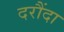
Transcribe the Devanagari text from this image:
दरौंदा